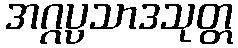
အဂ္ဂပ္ပသာဒသုတ္တ